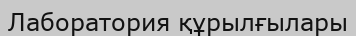
Лаборатория құрылғылары